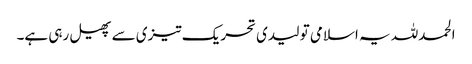
الحمدللہ یہ اسلامی تو لیدی تحریک تیزی سے پھیل رہی ہے۔